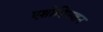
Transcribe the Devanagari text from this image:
एशोशिएशन